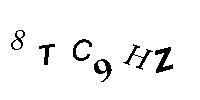
8TC9HZ